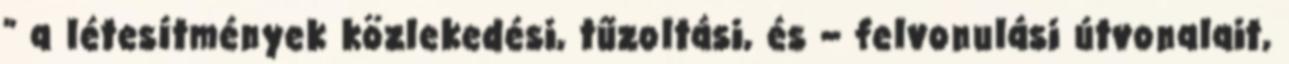
” a létesítmények közlekedési, tűzoltási, és – felvonulási útvonalait,